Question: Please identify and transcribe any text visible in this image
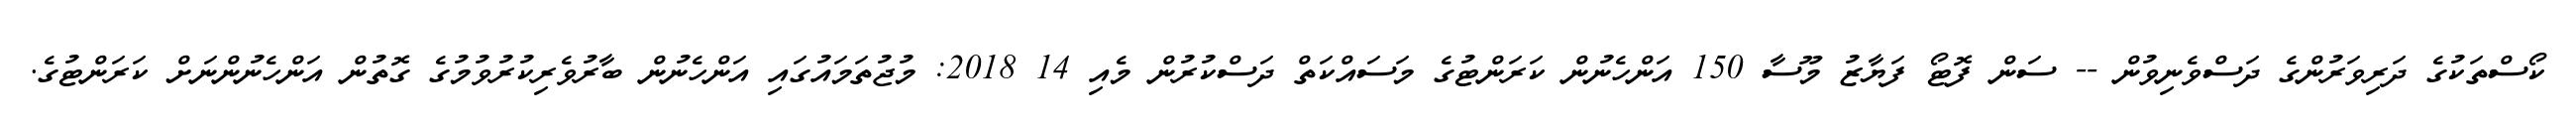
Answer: ކޯސްތަކުގެ ދަރިވަރުންގެ ދަސްވެނިވުން -- ސަން ފޮޓޯ ފަޔާޒު މޫސާ 150 އަންހެނުން ކަރަންޓުގެ މަސައްކަތް ދަސްކުރުން މެއި 14 2018: މުޖުތަމައުގައި އަންހެނުން ބާރުވެރިކުރުވުމުގެ ގޮތުން އަންހެނުންނަށް ކަރަންޓުގެ.